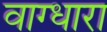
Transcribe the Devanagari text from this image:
वाग्धारा